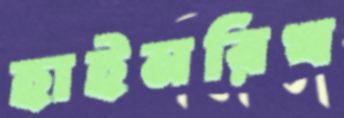
হাইনরিখ